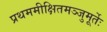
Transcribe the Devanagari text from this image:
प्रथममीक्षितमञ्जुमूर्तेः